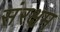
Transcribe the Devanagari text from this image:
संरक्षम